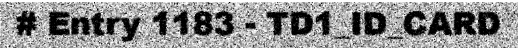
# Entry 1183 - TD1_ID_CARD